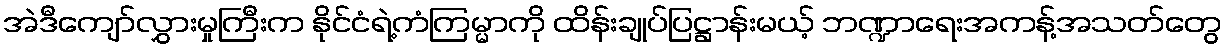
အဲဒီကျော်လွှားမှုကြီးက နိုင်ငံရဲ့ကံကြမ္မာကို ထိန်းချုပ်ပြဋ္ဌာန်းမယ့် ဘဏ္ဍာရေးအကန့်အသတ်တွေ